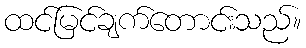
ထင်မြင်ချက်တောင်းသည်။